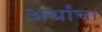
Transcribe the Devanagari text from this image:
अर्थांचा